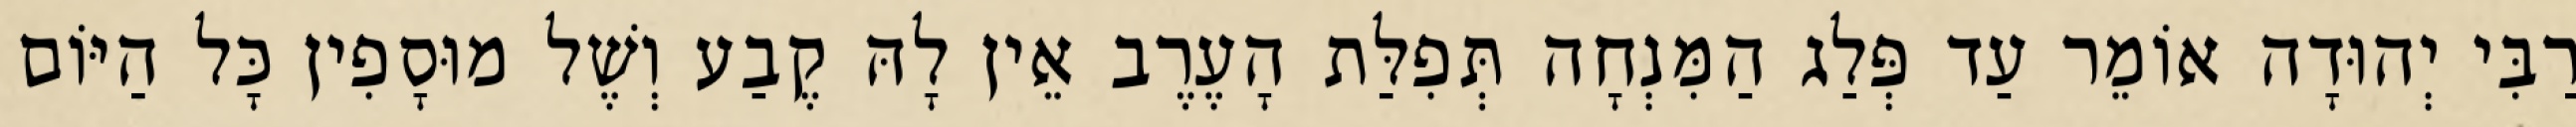
רַבִּי יְהוּדָה אוֹמֵר עַד פְּלַג הַמִּנְחָה תְּפִלַּת הָעֶרֶב אֵין לָהּ קֶבַע וְשֶׁל מוּסָפִין כָּל הַיּוֹם